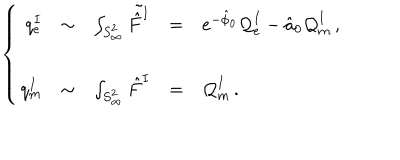
LaTeX: \left\{ \begin{array} { r c l c l } { { q _ { e } ^ { I } } } & { { \sim } } & { { \int _ { S _ { \infty } ^ { 2 } } \tilde { \hat { F } ^ { I } } } } & { { = } } & { { e ^ { - \hat { \phi } _ { 0 } } { \cal Q } _ { e } ^ { I } - \hat { a } _ { 0 } { \cal Q } _ { m } ^ { I } \, , } } \\ { { } } & { { } } & { { } } \\ { { q _ { m } ^ { I } } } & { { \sim } } & { { \int _ { S _ { \infty } ^ { 2 } } \hat { F } ^ { I } } } & { { = } } & { { { \cal Q } _ { m } ^ { I } \, . } } \\ \end{array} \right.